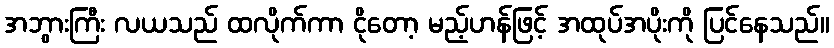
အဘွားကြီး လယသည် ထလိုက်ကာ ငိုတော့ မည့်ဟန်ဖြင့် အထုပ်အပိုးကို ပြင်နေသည်။